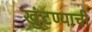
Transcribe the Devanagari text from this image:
खुंटण्याची